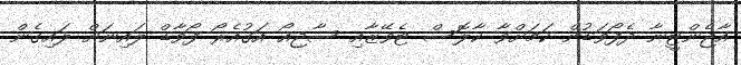
އާޖެންޓީނާ ދެފޯވަޑުން ކަމަށްވާ ކާލޮސް ޓެވޭޒާއި ސާޖިއޯ އަގުއެރޯ ފޯވާޑް ލައިނަށް ލައިގެން